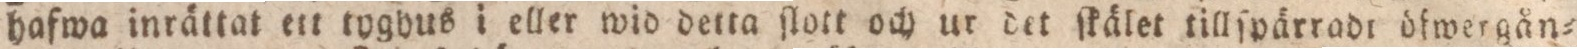
hafwa inrättat ett tyghus i eller wid detta ſlott och ur det ſkälet tillſpärradt öfwergån=